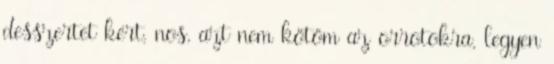
desszertet kért, nos, azt nem kötöm az orrotokra, legyen